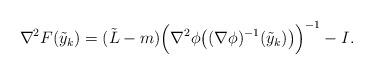
LaTeX: \begin{align*}\nabla^2 F( \tilde{y}_k ) = (\tilde{L}-m) \Big( \nabla^2 \phi\big( (\nabla\phi)^{-1}(\tilde{y}_k) \big) \Big)^{-1} - I.\end{align*}